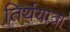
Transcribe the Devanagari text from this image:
तिर्थयात्रा